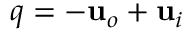
\v q = - \mathbf { u } _ { o } + \mathbf { u } _ { i }